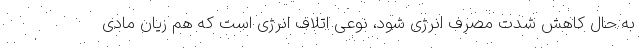
به حال کاهش شدت مصرف انرژی شود، نوعی اتلاف انرژی است که هم زیان مادی